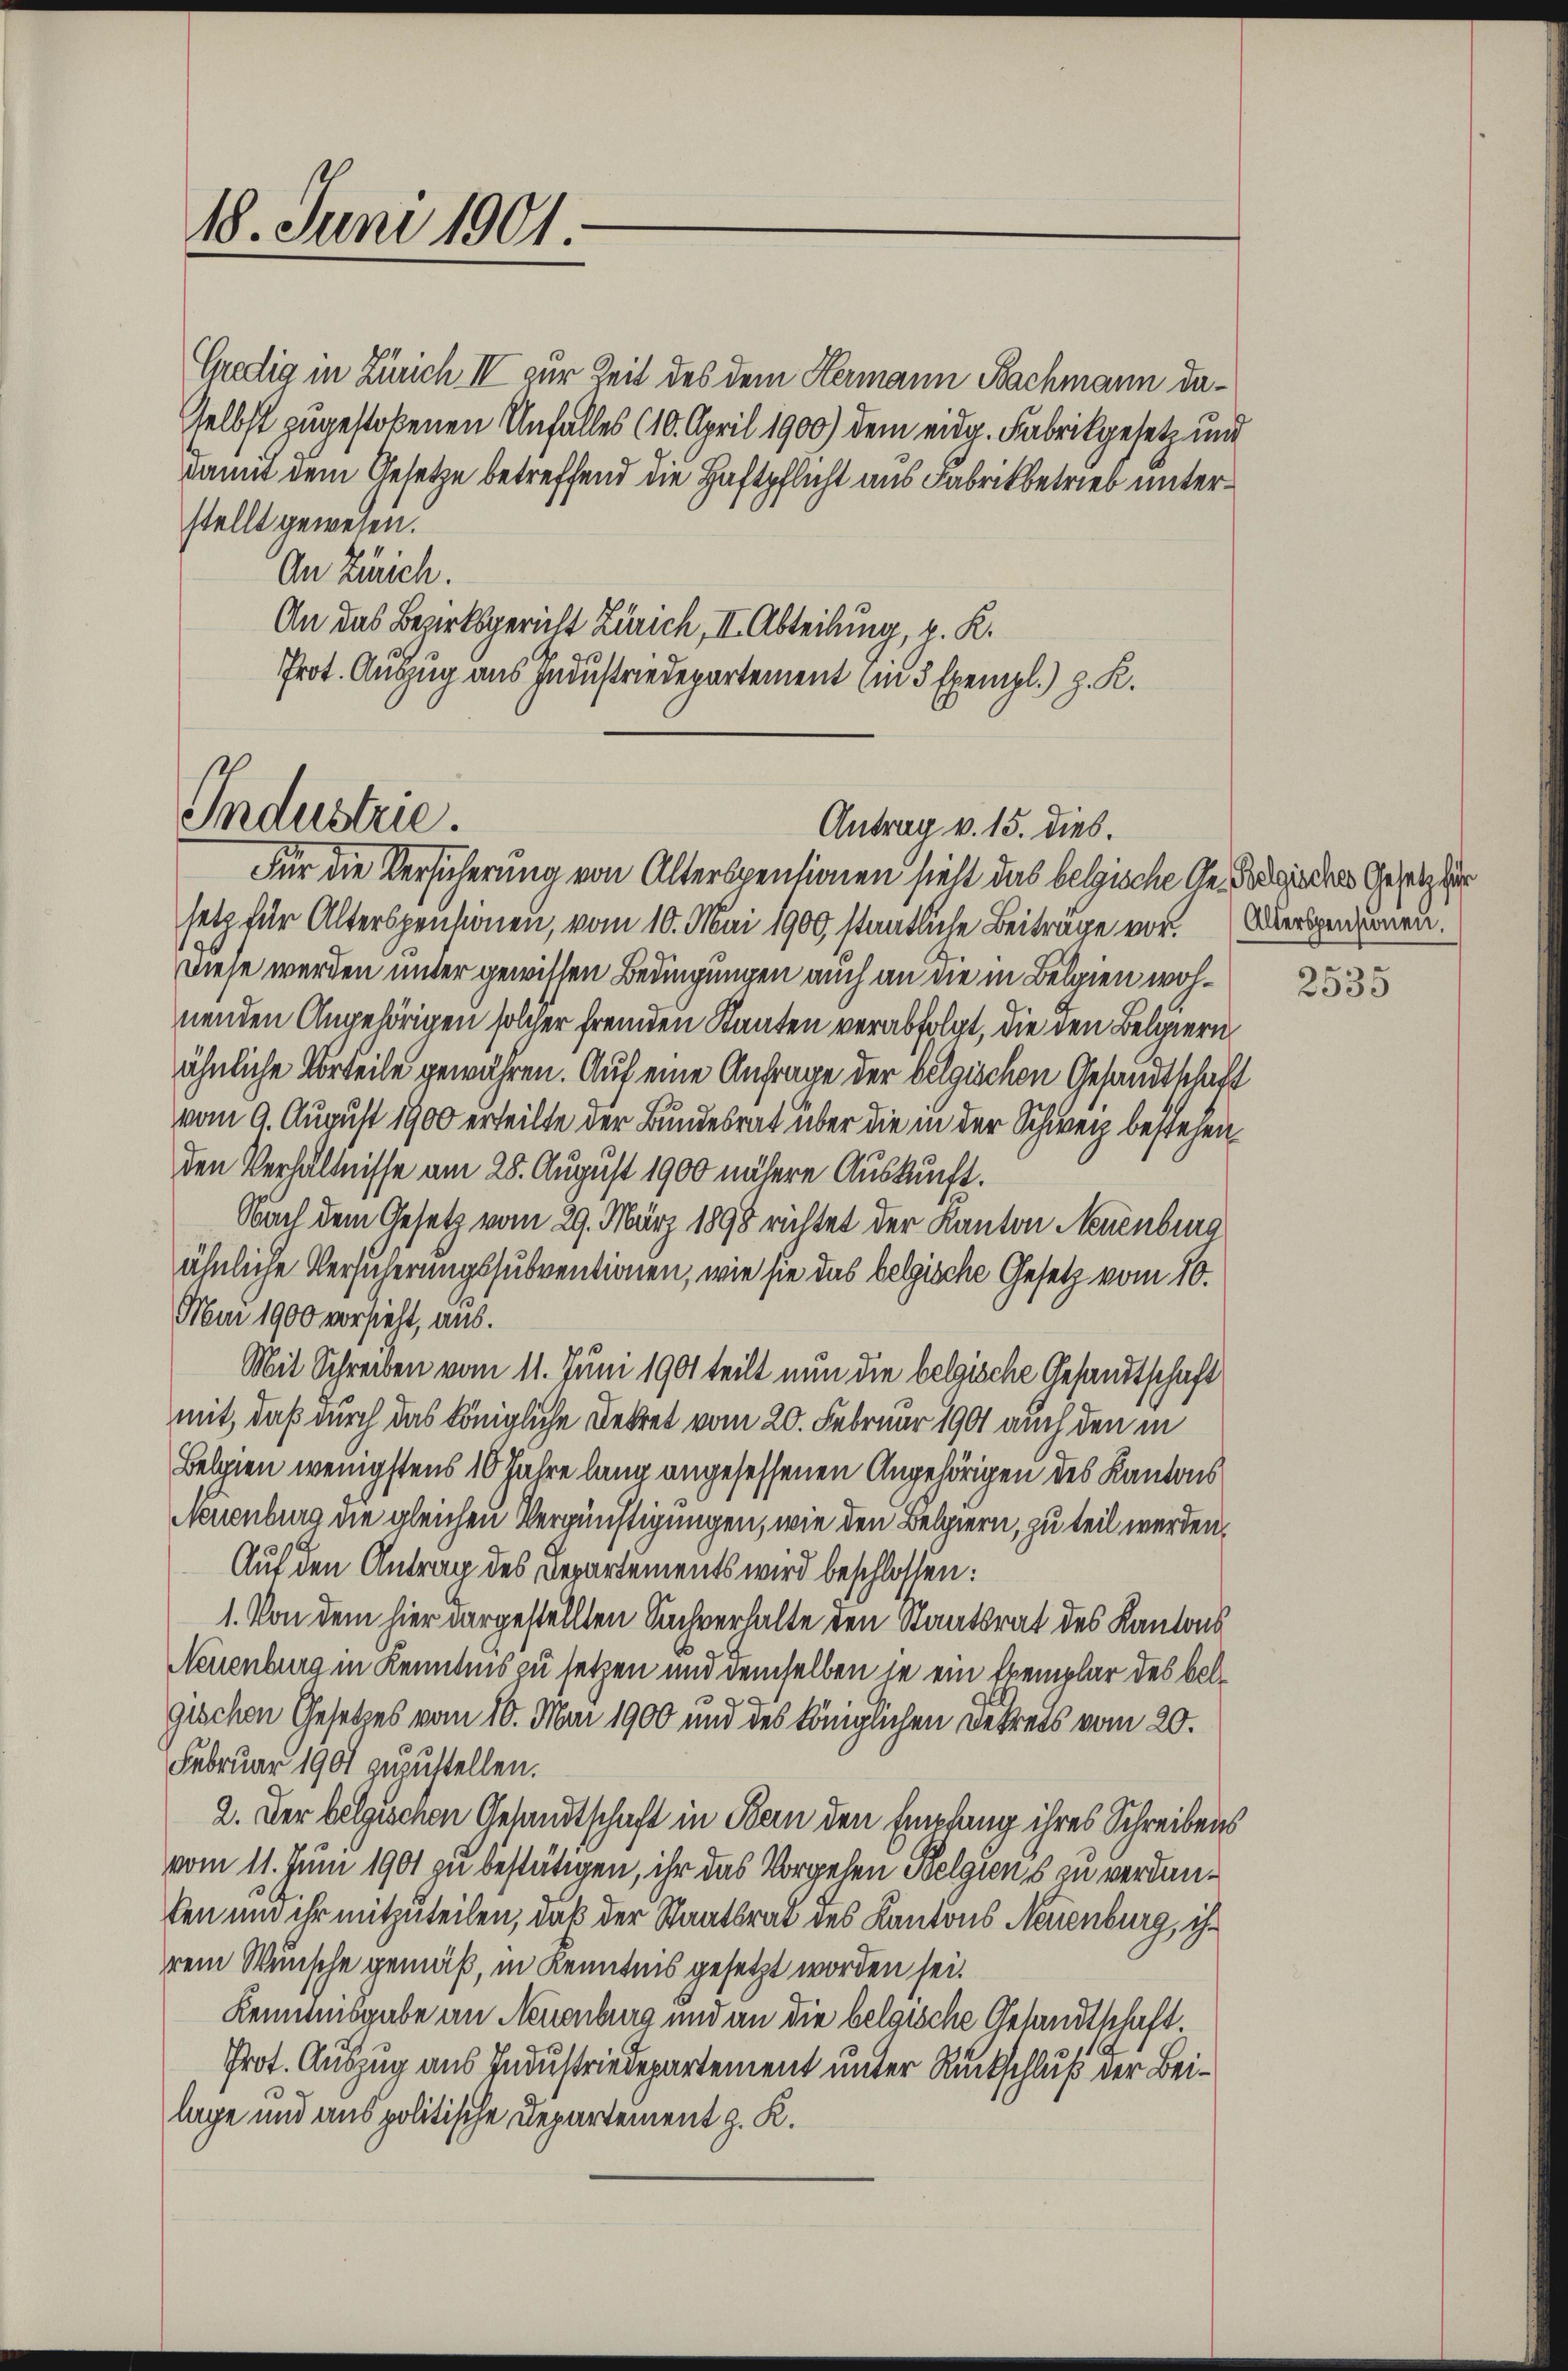
18. Juni 1901

Gredig in Zürich IV zur Zeit des dem Hermann Bachmann da¬
Selbst zugestoßenen Unfalles (10. April 1900) dem eidg. Fabrikgesetz und
damit dem Gesetze betreffend die Haftpflicht aus Fabrikbetrieb unterstellt gewesen.
An Zürich.
An das Bezirksgericht Zürich, II. Abteilung, p. K.
Prot. Auszug aus Industriedepartement (in 3 Exempl.) z. K.

Industrie.

Antrag v. 15. dies.

Für die Versicherung von Alterspensionen hieht das belgische Geselbe den Gesetzter
setz für Alterspentionen, vom 10. Mai 1900, staatliche Beiträge vor. Obersenkonen.
Diese werden unter gewissen Bedingungen auch an die in Belgien wohnenden Angehörigen solcher fremden Staaten verabfolgt, die den Belgiern
ähnliche Vorteile gewähren. Auf eine Anfrage der belgischen Gesandtschaft
vom 9. August 1900 erteilte der Bundesrat über die in der Schweiz bestehen
den Verhältnisse am 25. August 1900 nähere Auskunft.
Nach dem Gesetz vom 29. März 1898 richtet der Kanton Neuenburg
ähnliche Versicherungssubventionen, wie sie das belgische Gesetz vom 10.
Mai 1900 vorsteht, aus.
Mit Schreiben vom 11. Juni 1901 teilt nun die belgische Gesandtschaft
mit, daß durch das königliche Dekret vom 20. Februar 1901 auch den in
Belgien wenigstens 10 Jahre lang angesessenen Angehörigen des Kantons
Neuenburg die gleichen Vergünstigungen, wie den Belpiern, zu teil werden.
Auf den Antrag des Departements wird beschlossen:
1. Von dem hier dargestellten Sachverhalte den Staatsrat des Kantons
Neuenburg in Kenntnis zu setzen und demselben je ein Exemplar des beld
d
gischen Gesetzes vom 10. Mai 1900 und des königlichen Dekrets vom 20.
Februar 1901 zuzustellen.
2. Der belgischen Gesandtschaft in Bern den Empfang ihres Schreibens
vom 11. Juni 1901 zu bestätigen, ihr das Vorgehen Belgiens zu verdanken um ihr mitzuteilen, daß der Staatsrat des Kantons Neuenburg, ihr
rem Wunsche gemäß, in Kenntnis gesetzt worden sei.
Kenntnisgabe an Neuenburg und an die belgische Gesandtschaft
Prot. Auszug aus Industriedepartement unter Rückschluß der Beilage und aus politische Departement z. K.

2535